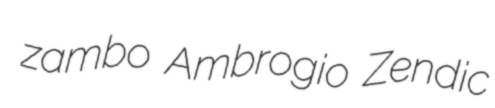
zambo Ambrogio Zendic